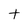
Character: t